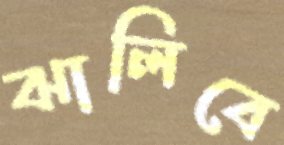
ঝালিবে